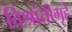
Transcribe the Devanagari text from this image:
विश्रांतीगृहे